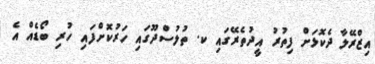
އިޒްރޭލާ ދެކޮޅަށް ފިތުރު އީދުތެރޭގައި ކ. ތުލުސްދޫގައި ހަރުކޮށްފައި ހުރި ބޯޑެއް އެ